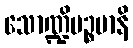
သောဏ္ဍိပဉ္စမာနိ